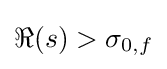
\Re (s)>\sigma _{0,f}